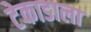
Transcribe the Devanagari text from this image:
टेकाडाला